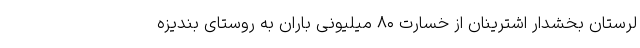
لرستان بخشدار اشترینان از خسارت ۸۰ میلیونی باران به روستای بندیزه